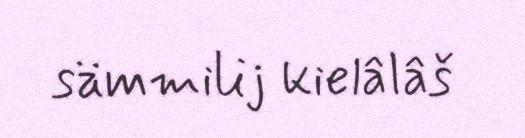
sämmilij kielâlâš